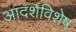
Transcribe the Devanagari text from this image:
आदर्शविशेष